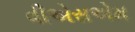
વીએસએમ